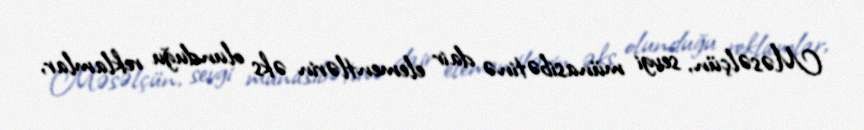
Məsəlçün, sevgi münasibətinə dair elementlərin əks olunduğu reklamlar,